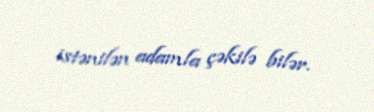
istənilən adamla çəkilə bilər.